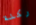
ركلة